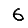
Digit: 6